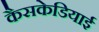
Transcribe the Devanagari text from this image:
कैसकेडियाई